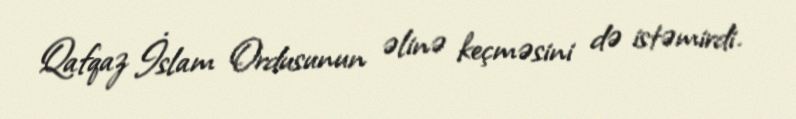
Qafqaz İslam Ordusunun əlinə keçməsini də istəmirdi.